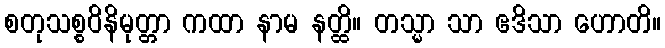
စတုသစ္စဝိနိမုတ္တာ ကထာ နာမ နတ္ထိ။ တသ္မာ သာ ဧဒိသာ ဟောတိ။